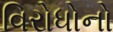
વિરોધોનો